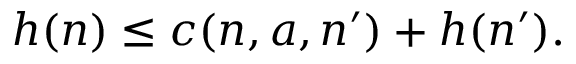
h ( n ) \leq c ( n , a , n ^ { \prime } ) + h ( n ^ { \prime } ) .